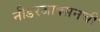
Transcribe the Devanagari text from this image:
नीडरजाक्सनची